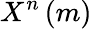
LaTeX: X^{n}\left(m\right)